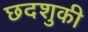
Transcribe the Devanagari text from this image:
छदशुकी